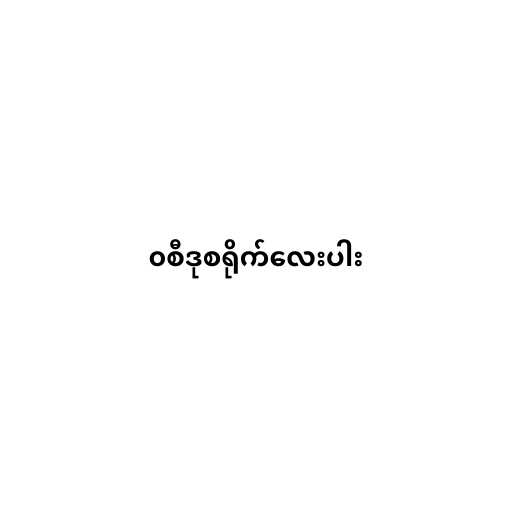
၀စီဒုစရိုက်လေးပါး